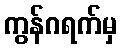
ကွန်ဂရက်မှ